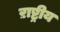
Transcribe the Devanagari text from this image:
ऱाष्ट्रीय